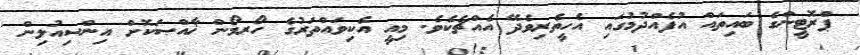
ޕްރޮޓީންގެ ބައިތައް އުފެއްދުމުގައި އެހީތެރިވެދޭ އެއްޗެކެވެ. މިއީ އެކިވައްތަރުގެ ހޯރމޯން ޚާއްޞަކޮށް އިންސިއުލިން